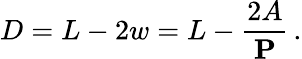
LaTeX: D=L-2w=L-\frac{2A}{\mathbf{P}}\, .